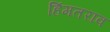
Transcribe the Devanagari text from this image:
हिंमतराव